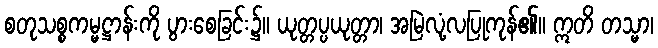
စတုသစ္စကမ္မဋ္ဌာန်းကို ပွားစေခြင်း၌။ ယုတ္တပ္ပယုတ္တာ၊ အမြဲလုံ့လပြုကုန်၏။ ဣတိ တသ္မာ၊